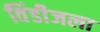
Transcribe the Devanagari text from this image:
विंडीजला